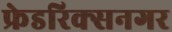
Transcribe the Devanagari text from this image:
फ्रेडरिक्सनगर